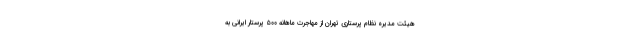
هیئت مدیره نظام پرستاری تهران از مهاجرت ماهانه ۵۰۰ پرستار ایرانی به